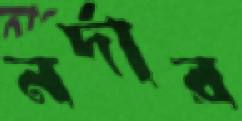
নর্দার